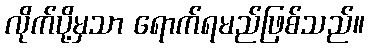
လိုက်ပို့မှသာ ရောက်ရမည်ဖြစ်သည်။